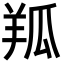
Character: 𦍳